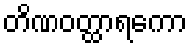
တိဏဝတ္ထာရကော